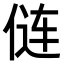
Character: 𫢪